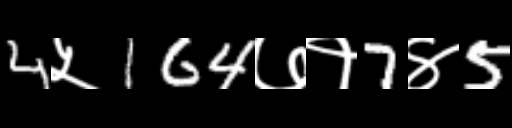
Text: 4५164७१7४5